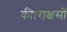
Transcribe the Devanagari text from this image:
की।राक्षसों